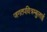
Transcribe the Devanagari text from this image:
जगतपवित्रम्बुलाई